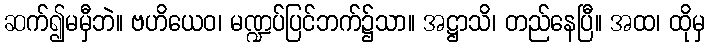
ဆက်၍မမှီဘဲ။ ဗဟိယေဝ၊ မဏ္ဍပ်ပြင်ဘက်၌သာ။ အဋ္ဌာသိ၊ တည်နေပြီ။ အထ၊ ထိုမှ